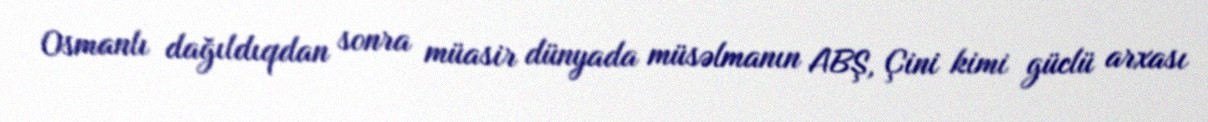
Osmanlı dağıldıqdan sonra müasir dünyada müsəlmanın ABŞ, Çini kimi güclü arxası